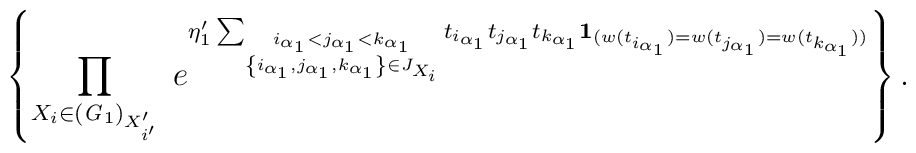
\left\{\prod_{X_{i}\in ({\it G}_{1})_{X'_{i'}}}\;e^{\eta'_1\sum_{\stackrel{i_{\alpha_{1}}< j_{\alpha_{1}}< k_{\alpha_{1}}}{\left\{i_{\alpha_{1}},j_{\alpha_{1}},k_{\alpha_{1}}\right\}\in J_{X_{i}}}}t_{i_{\alpha_{1}}}t_{j_{\alpha_{1}}}t_{k_{\alpha_{1}}}{\bf 1}_{(w(t_{i_{\alpha_{1}}})=w(t_{j_{\alpha_{1}}})=w(t_{k_{\alpha_{1}}}))}}\right\}.